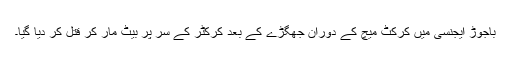
باجوڑ ایجنسی میں کرکٹ میچ کے دوران جھگڑے کے بعد کرکٹر کے سر پر بیٹ مار کر قتل کر دیا گیا۔